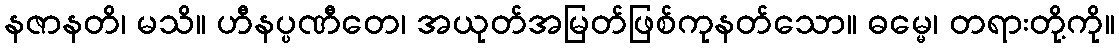
နဇာနတိ၊ မသိ။ ဟီနပ္ပဏီတေ၊ အယုတ်အမြတ်ဖြစ်ကုနတ်သော။ ဓမ္မေ၊ တရားတို့ကို။